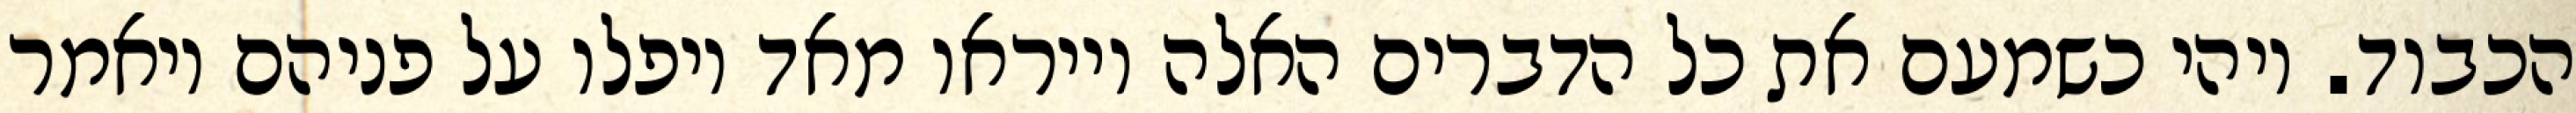
הכבוד. ויהי כשמעם את כל הדברים האלה וייראו מאד ויפלו על פניהם ויאמר